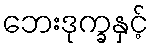
ဘေးဒုက္ခနှင့်